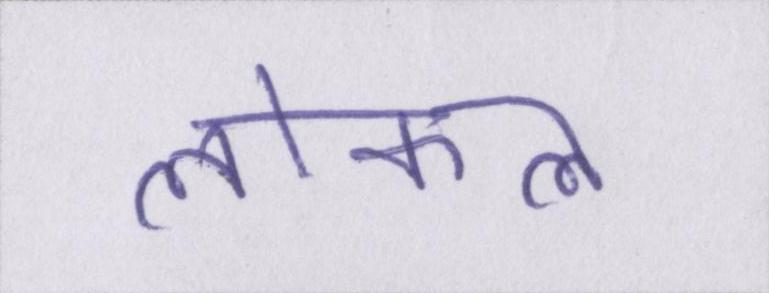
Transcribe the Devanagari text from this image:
लोकल